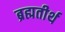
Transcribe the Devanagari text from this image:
ब्रह्मतीर्थ